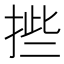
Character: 𰓿